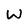
Character: W